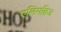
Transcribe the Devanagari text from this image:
एलिसब्रिज